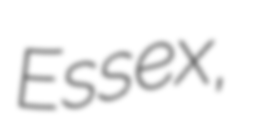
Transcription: Essex,